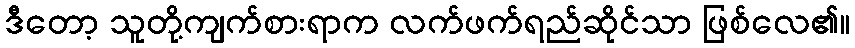
ဒီတော့ သူတို့ကျက်စားရာက လက်ဖက်ရည်ဆိုင်သာ ဖြစ်လေ၏။